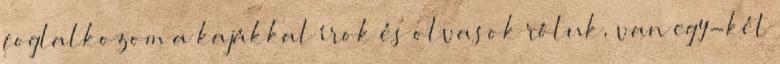
foglalkozom a kajákkal írok és olvasok róluk, van egy-két